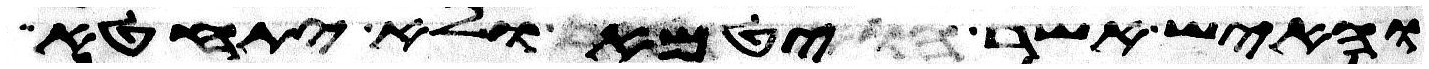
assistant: והאיש אשר יטמא ולא יתחטא